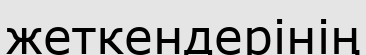
жеткендерінің